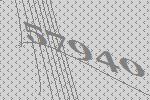
57940